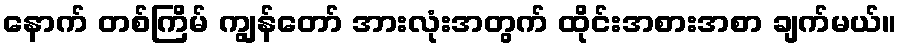
နောက် တစ်ကြိမ် ကျွန်တော် အားလုံးအတွက် ထိုင်းအစားအစာ ချက်မယ်။